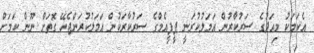
އެކަމަކު މިއަދުގެ ސަރުކާރުން އަމަލުކުރަނީ ޕީޕީއެމްގެ ސަރުކާރަކުން އަމަލުކުރަންޖެހޭ ގޮތަށް ނޫން ކަމަށް